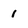
Character: 1